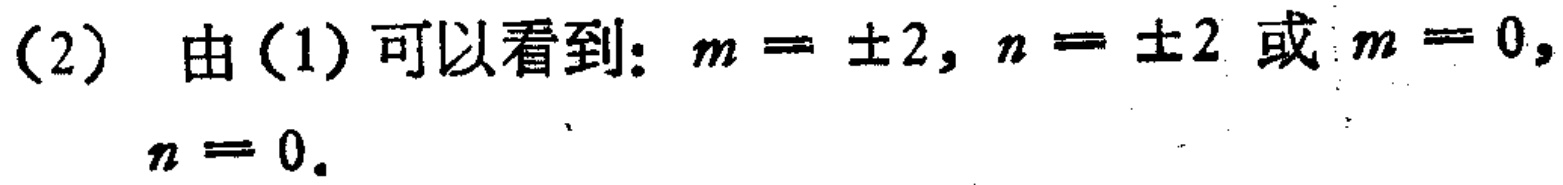
(2) 由(1)可以看到：$m = \pm2$, $n = \pm2$ 或 $m = 0$, $n = 0$.